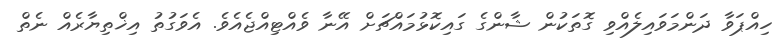
ހިއްޕަވާ ދަންމަވައިލެއްވި ގޮތަކުން ޝާންގެ ގައިކޮޅުމައްޗަށް އޭނާ ވެއްޓިއްޖެއެވެ. އެވަގުތު އިޚްތިޔާރެއް ނެތް